Note on the mental hospitals in Burma - 1925-1940
Year: 1925
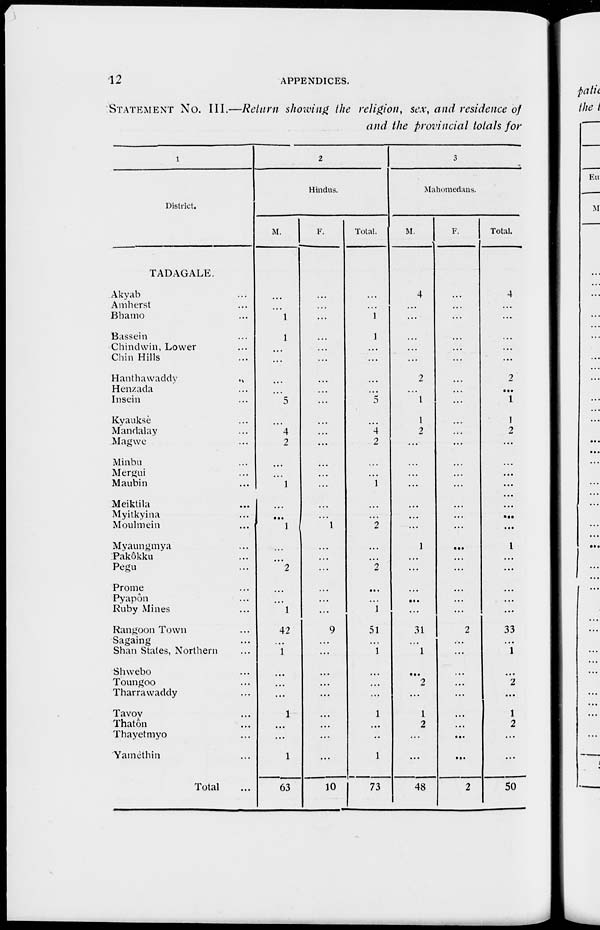
12
APPENDICES.
STATEMENT No. III.—Return showing the religion, sex, and residence of
and the provincial totals for
1
District.
TADAGALE.
Akyab ...
Amherst ...
Bhamo ...
Bassein ...
Chindwin, Lower ...
Chin Hills ...
Hanthawaddy ...
Henzada ...
Insein ...
Kyaukse...
Mandalay ...
Magwe ...
Minbu ...
Mergui ...
Maubin ...
Meiktila ...
Myitkyina ...
Moulmein ...
Myaungmya ...
Pakôkku ...
Pegu ...
Prome ...
Pyapôn ...
Ruby Mines ...
Rangoon Town ...
Sagaing ...
Shan Stales, Northern ...
Shwebo ...
Toungoo ...
Tharrawaddy ...
Tavoy ...
Thatôn ...
Thayetmyo ...
Yamèthin ...
Total ...
2
Hindus.
M.
...
...
1
1
...
...
...
...
5
4
2
...
...
1
...
...
1
...
...
2
...
...
1
42
1
...
...
...
1
...
1
63
F.
...
...
...
...
...
...
...
...
...
...
...
...
...
...
...
...
1
...
...
...
...
...
...
9
...
...
...
...
...
...
...
...
...
10
Total.
...
...
1
1
...
...
...
...
5
...
4
2
...
...
1
...
...
...
...
...
...
...
...
1
51
...
1
...
...
...
1
...
...
1
73
3
Mahomedans.
M.
4
...
...
...
...
...
2
...
1
1
2
...
...
...
...
...
...
...
1
...
...
...
...
...
31
...
1
...
2
...
1
2
...
...
48
F.
...
...
...
...
...
...
...
...
...
...
...
...
...
...
...
...
...
...
...
...
...
...
...
2
...
...
...
...
...
...
...
...
...
2
Total.
4
...
...
...
...
...
2
...
1
1
2
...
...
...
...
...
...
...
1
...
...
...
...
...
33
...
1
...
2
...
1
2
...
...
50